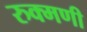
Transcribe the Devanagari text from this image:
रुक्‍मणी